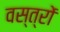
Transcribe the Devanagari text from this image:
वस्‍त्रों